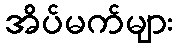
အိပ်မက်များ